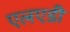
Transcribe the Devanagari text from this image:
एलएडी